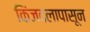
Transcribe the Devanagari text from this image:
किंजदलापासून